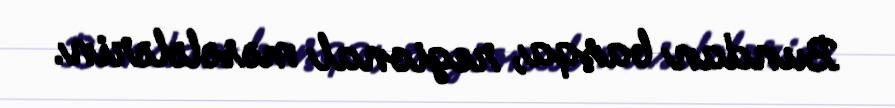
Bundan başqa, regional məsələlərin.